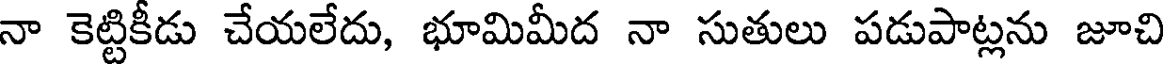
నా కెట్టికీడు చేయలేదు, భూమిమీద నా సుతులు పడుపాట్లను జూచి